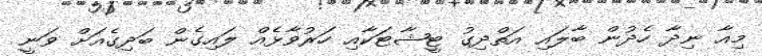
މިއާ ނިދާ ހެދުން ބާލައި އަތްދިގު ޓީޝާޓަކާއި ހަރުވާޅެއް ލައިގެން ބަދިގެއަށް ވަނީ